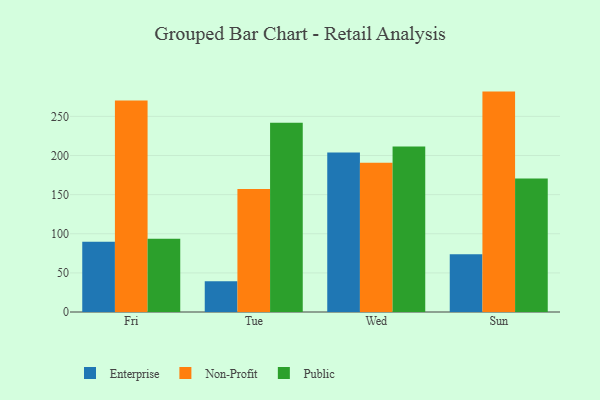
{"axis": {"x": "Day", "y": "Waste Production (Tons)"}, "legend": ["Enterprise", "Non-Profit", "Public"], "data": [{"x": "Fri", "y": 89.7, "type": "Enterprise"}, {"x": "Fri", "y": 270.2, "type": "Non-Profit"}, {"x": "Fri", "y": 93.5, "type": "Public"}, {"x": "Tue", "y": 39.3, "type": "Enterprise"}, {"x": "Tue", "y": 157.2, "type": "Non-Profit"}, {"x": "Tue", "y": 241.9, "type": "Public"}, {"x": "Wed", "y": 203.8, "type": "Enterprise"}, {"x": "Wed", "y": 190.9, "type": "Non-Profit"}, {"x": "Wed", "y": 211.5, "type": "Public"}, {"x": "Sun", "y": 73.8, "type": "Enterprise"}, {"x": "Sun", "y": 281.7, "type": "Non-Profit"}, {"x": "Sun", "y": 170.7, "type": "Public"}]}